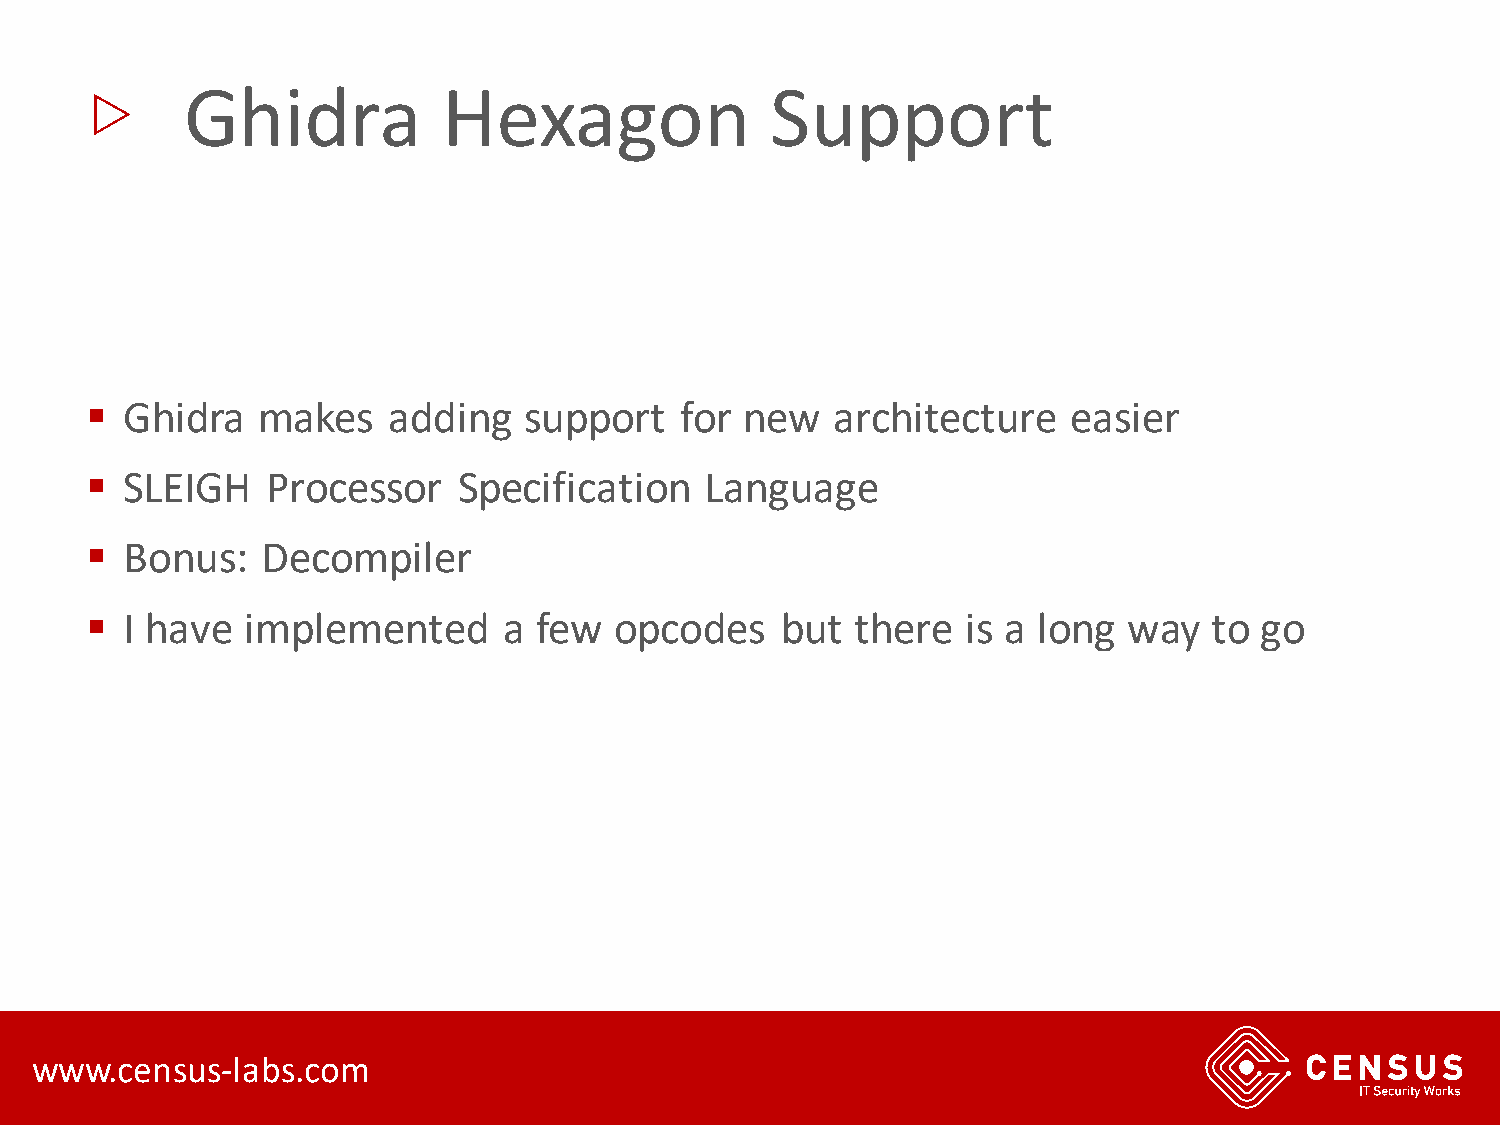
▷
 Ghidra           Hexagon               Support
 ▪ Ghidra   makes    adding   support   for new   architecture    easier
 ▪ SLEIGH    Processor   Specification    Language
 ▪ Bonus:   Decompiler
 ▪ I have  implemented      a few   opcodes    but  there  is a long  way  to go
 www.census-labs.com